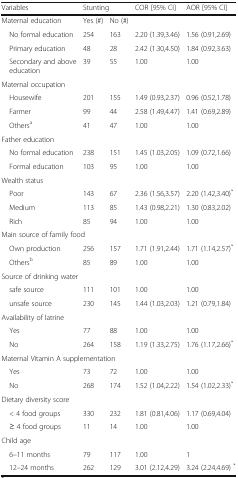
<table><thead><tr><td><b>Variables</b></td><td colspan="2"><b>Stunting</b></td><td><b>COR [95% CI]</b></td><td><b>AOR [95% CI]</b></td></tr></thead><tbody><tr><td>Maternal education</td><td>Yes (#)</td><td>No (#)</td><td></td><td></td></tr><tr><td> No formal education</td><td>254</td><td>163</td><td>2.20 (1.39,3.46)</td><td>1.56 (0.91,2.69)</td></tr><tr><td> Primary education</td><td>48</td><td>28</td><td>2.42 (1.30,4.50)</td><td>1.84 (0.92,3.63)</td></tr><tr><td> Secondary and above education</td><td>39</td><td>55</td><td>1.00</td><td>1.00</td></tr><tr><td colspan="5">Maternal occupation</td></tr><tr><td> Housewife</td><td>201</td><td>155</td><td>1.49 (0.93,2.37)</td><td>0.96 (0.52,1.78)</td></tr><tr><td> Farmer</td><td>99</td><td>44</td><td>2.58 (1.49,4.47)</td><td>1.41 (0.69,2.89)</td></tr><tr><td> Others<sup>a</sup></td><td>41</td><td>47</td><td>1.00</td><td>1.00</td></tr><tr><td colspan="5">Father education</td></tr><tr><td> No formal education</td><td>238</td><td>151</td><td>1.45 (1.03,2.05)</td><td>1.09 (0.72,1.66)</td></tr><tr><td> Formal education</td><td>103</td><td>95</td><td>1.00</td><td>1.00</td></tr><tr><td colspan="5">Wealth status</td></tr><tr><td> Poor</td><td>143</td><td>67</td><td>2.36 (1.56,3.57)</td><td>2.20 (1.42,3.40)<sup>*</sup></td></tr><tr><td> Medium</td><td>113</td><td>85</td><td>1.43 (0.98,2.21)</td><td>1.30 (0.83,2.02)</td></tr><tr><td> Rich</td><td>85</td><td>94</td><td>1.00</td><td>1.00</td></tr><tr><td colspan="5">Main source of family food</td></tr><tr><td> Own production</td><td>256</td><td>157</td><td>1.71 (1.91,2.44)</td><td>1.71 (1.14,2.57)<sup>*</sup></td></tr><tr><td> Others<sup>b</sup></td><td>85</td><td>89</td><td>1.00</td><td>1.00</td></tr><tr><td colspan="5">Source of drinking water</td></tr><tr><td> safe source</td><td>111</td><td>101</td><td>1.00</td><td>1.00</td></tr><tr><td> unsafe source</td><td>230</td><td>145</td><td>1.44 (1.03,2.03)</td><td>1.21 (0.79,1.84)</td></tr><tr><td colspan="5">Availability of latrine</td></tr><tr><td> Yes</td><td>77</td><td>88</td><td>1.00</td><td>1.00</td></tr><tr><td> No</td><td>264</td><td>158</td><td>1.19 (1.33,2.75)</td><td>1.76 (1.17,2.66)<sup>*</sup></td></tr><tr><td colspan="5">Maternal Vitamin A supplementation</td></tr><tr><td> Yes</td><td>73</td><td>72</td><td>1.00</td><td>1.00</td></tr><tr><td> No</td><td>268</td><td>174</td><td>1.52 (1.04,2.22)</td><td>1.54 (1.02,2.33)<sup>*</sup></td></tr><tr><td colspan="5">Dietary diversity score</td></tr><tr><td> &lt; 4 food groups</td><td>330</td><td>232</td><td>1.81 (0.81,4.06)</td><td>1.17 (0.69,4.04)</td></tr><tr><td> ≥ 4 food groups</td><td>11</td><td>14</td><td>1.00</td><td>1.00</td></tr><tr><td colspan="5">Child age</td></tr><tr><td> 6–11 months</td><td>79</td><td>117</td><td>1.00</td><td>1</td></tr><tr><td> 12–24 months</td><td>262</td><td>129</td><td>3.01 (2.12,4.29)</td><td>3.24 (2.24,4.69) <sup>*</sup></td></tr></tbody></table>